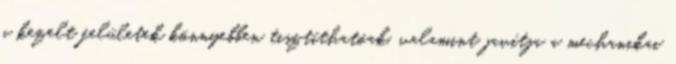
a kezelt felületek könnyebben tisztíthatóak, valamint javítja a mechanikai